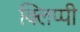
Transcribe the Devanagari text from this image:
क्लिप्पी